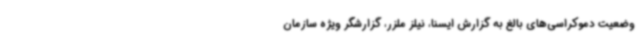
وضعیت دموکراسی‌های بالغ به گزارش ایسنا، نیلز ملزر، گزارشگر ویژه سازمان